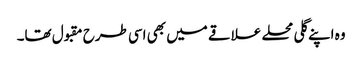
وہ اپنے گلی محلے علاقے میں بھی اسی طرح مقبول تھا۔